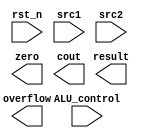

module alu1(
	input                   rst_n,         // negative reset            (input)
	input signed [32-1:0]   src1,          // 32 bits source 1          (input)
	input signed [32-1:0]	src2,          // 32 bits source 2          (input)
	input 	     [ 4-1:0] 	ALU_control,   // 4 bits ALU control input  (input)
	output reg   [32-1:0]	result,        // 32 bits result            (output)
	output reg              zero,          // 1 bit when the output is 0, zero must be set (output)
	output reg              cout,          // 1 bit carry out           (output)
	output reg              overflow       // 1 bit overflow            (output)
	);

/* Write your code HERE */

endmodule